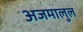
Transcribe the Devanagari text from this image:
अजमालुल